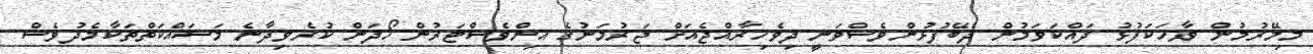
މިމޭރުމުން ވާހަކަފުޅު ދައްކަވަމުން ދެބޭފުޅުންވެސްވަނީ ދިވެހިރާއްޖެއަށް ޖަރުމަނުގެ އިންވެސްޓަރުން ހޯދަން ކުރެވިދާނެ މަސައްކަތްތަކާމެދުވެސް